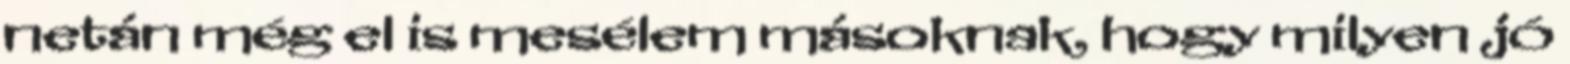
netán még el is mesélem másoknak, hogy milyen jó